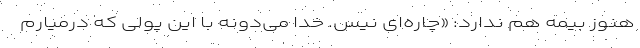
هنوز بیمه هم ندارد: «چاره‌ای نیس. خدا می‌دونه با این پولی که درمیارم